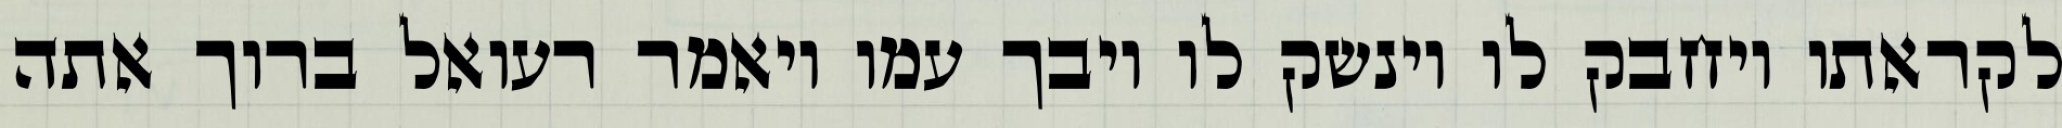
לקראתו ויחבק לו וינשק לו ויבך עמו ויאמר רעואל ברוך אתה